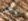
يمكن